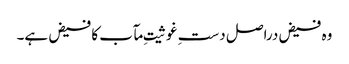
وہ فیض دراصل دستِ غوثیتِ مآب کا فیض ہے۔